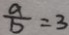
\frac { a } { b } = 3